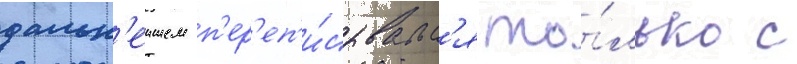
дальн'еишем п'ер'еп'и́сывалс'я то́лько с